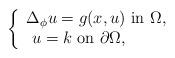
LaTeX: \begin{align*} \left\{\begin{array}{l} \Delta_\phi u=g(x,u) \ \mbox{in}\ \Omega,\\~u=k \ \mbox{on}\ \partial\Omega,\end{array}\right.\end{align*}